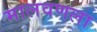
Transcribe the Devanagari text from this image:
मालवणला